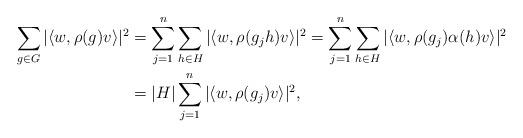
LaTeX: \begin{align*}\sum_{g\in G} | \langle w, \rho(g) v \rangle |^2 &= \sum_{j=1}^n \sum_{h \in H} | \langle w, \rho(g_j h) v \rangle |^2 = \sum_{j=1}^n \sum_{h \in H} | \langle w, \rho(g_j) \alpha(h) v \rangle |^2 \\&= |H| \sum_{j=1}^n |\langle w, \rho(g_j) v \rangle |^2,\end{align*}